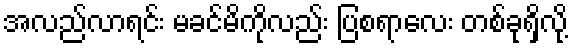
အလည်လာရင်း မခင်မိကိုလည်း ပြစရာလေး တစ်ခုရှိလို့